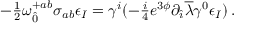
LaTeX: - { \textstyle \frac { 1 } { 2 } } \omega _ { \hat { 0 } } ^ { + a b } \sigma _ { a b } \epsilon _ { I } = \gamma ^ { i } ( - { \textstyle \frac { i } { 4 } } e ^ { 3 \phi } \partial _ { \hat { \imath } } \overline { { { \lambda } } } \gamma ^ { 0 } \epsilon _ { I } ) \, .